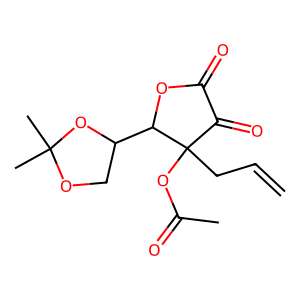
SMILES: C=CCC1(OC(C)=O)C(=O)C(=O)OC1C1COC(C)(C)O1
Inhibits HIV replication: No